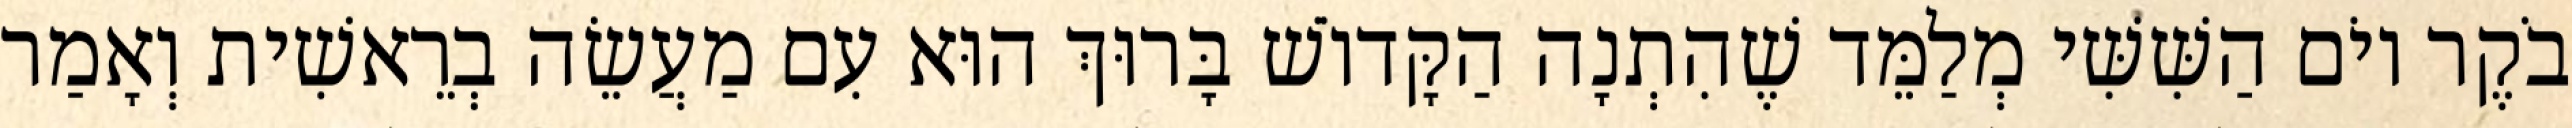
בֹקֶר יוֹם הַשִּׁשִּׁי מְלַמֵּד שֶׁהִתְנָה הַקָּדוֹשׁ בָּרוּךְ הוּא עִם מַעֲשֵׂה בְרֵאשִׁית וְאָמַר